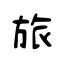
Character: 旅